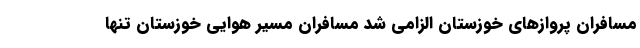
مسافران پروازهای خوزستان الزامی شد مسافران مسیر هوایی خوزستان تنها